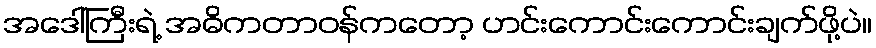
အဒေါ်ကြီးရဲ့ အဓိကတာဝန်ကတော့ ဟင်းကောင်းကောင်းချက်ဖို့ပဲ။